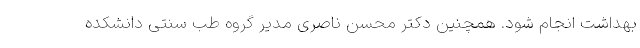
بهداشت انجام شود. همچنین دکتر محسن ناصری مدیر گروه طب سنتی دانشکده